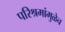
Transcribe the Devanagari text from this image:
परिश्रमांमुळेच